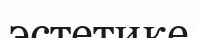
эстетике